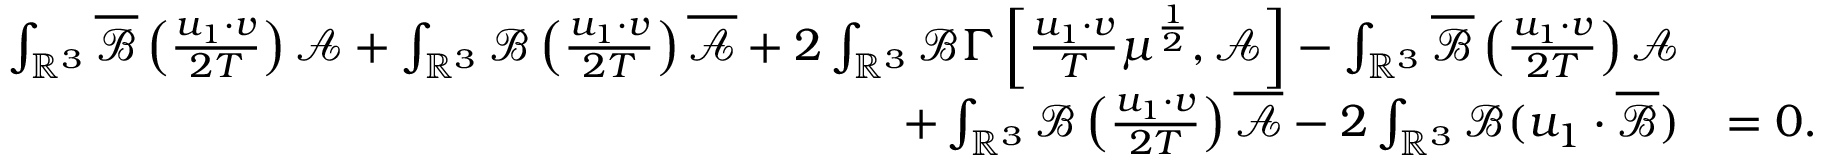
\begin{array} { r l } { \int _ { \mathbb { R } ^ { 3 } } \overline { \mathscr { B } } \left( \frac { u _ { 1 } \cdot v } { 2 T } \right) \mathscr { A } + \int _ { \mathbb { R } ^ { 3 } } \mathscr { B } \left( \frac { u _ { 1 } \cdot v } { 2 T } \right) \overline { { \mathscr { A } } } + 2 \int _ { \mathbb { R } ^ { 3 } } \mathscr { B } \Gamma \left[ \frac { u _ { 1 } \cdot v } { T } \mu ^ { \frac { 1 } { 2 } } , \mathscr { A } \right] - \int _ { \mathbb { R } ^ { 3 } } \overline { \mathscr { B } } \left( \frac { u _ { 1 } \cdot v } { 2 T } \right) \mathscr { A } } \\ { + \int _ { \mathbb { R } ^ { 3 } } \mathscr { B } \left( \frac { u _ { 1 } \cdot v } { 2 T } \right) \overline { { \mathscr { A } } } - 2 \int _ { \mathbb { R } ^ { 3 } } \mathscr { B } ( u _ { 1 } \cdot \overline { \mathscr { B } } ) } & { = 0 . } \end{array}